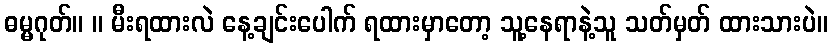
ဓမ္မဂုတ်။ ။ မီးရထားလဲ နေ့ချင်းပေါက် ရထားမှာတော့ သူ့နေရာနဲ့သူ သတ်မှတ် ထားသားပဲ။